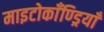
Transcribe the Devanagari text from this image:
माइटोकाँण्ड्रियाँ